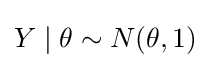
Y\mid \theta \sim N(\theta ,1)